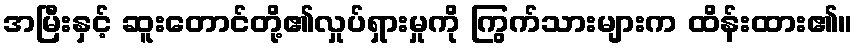
အမြီးနှင့် ဆူးတောင်တို့၏လှုပ်ရှားမှုကို ကြွက်သားများက ထိန်းထား၏။